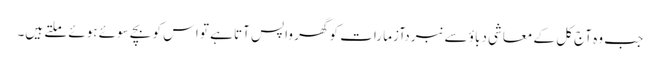
جب وہ آج کل کے معاشی دباؤ سے نبردآزما رات کو گھر واپس آتا ہے تو اس کو بچے سوئے ہوئے ملتے ہیں۔